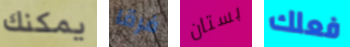
يمكنك فرقا بستان فعلك